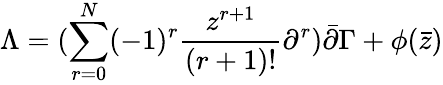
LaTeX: \Lambda=(\sum_{r=0}^{N}(-1)^{r}\frac{z^{r+1}}{(r+1)!}\partial^{r})\bar{\partial}\Gamma+\phi(\bar{z})